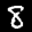
Label: 8